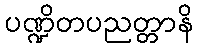
ပဏ္ဍိတပညတ္တာနိ